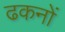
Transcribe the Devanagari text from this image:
ढकनों